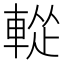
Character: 𨌰